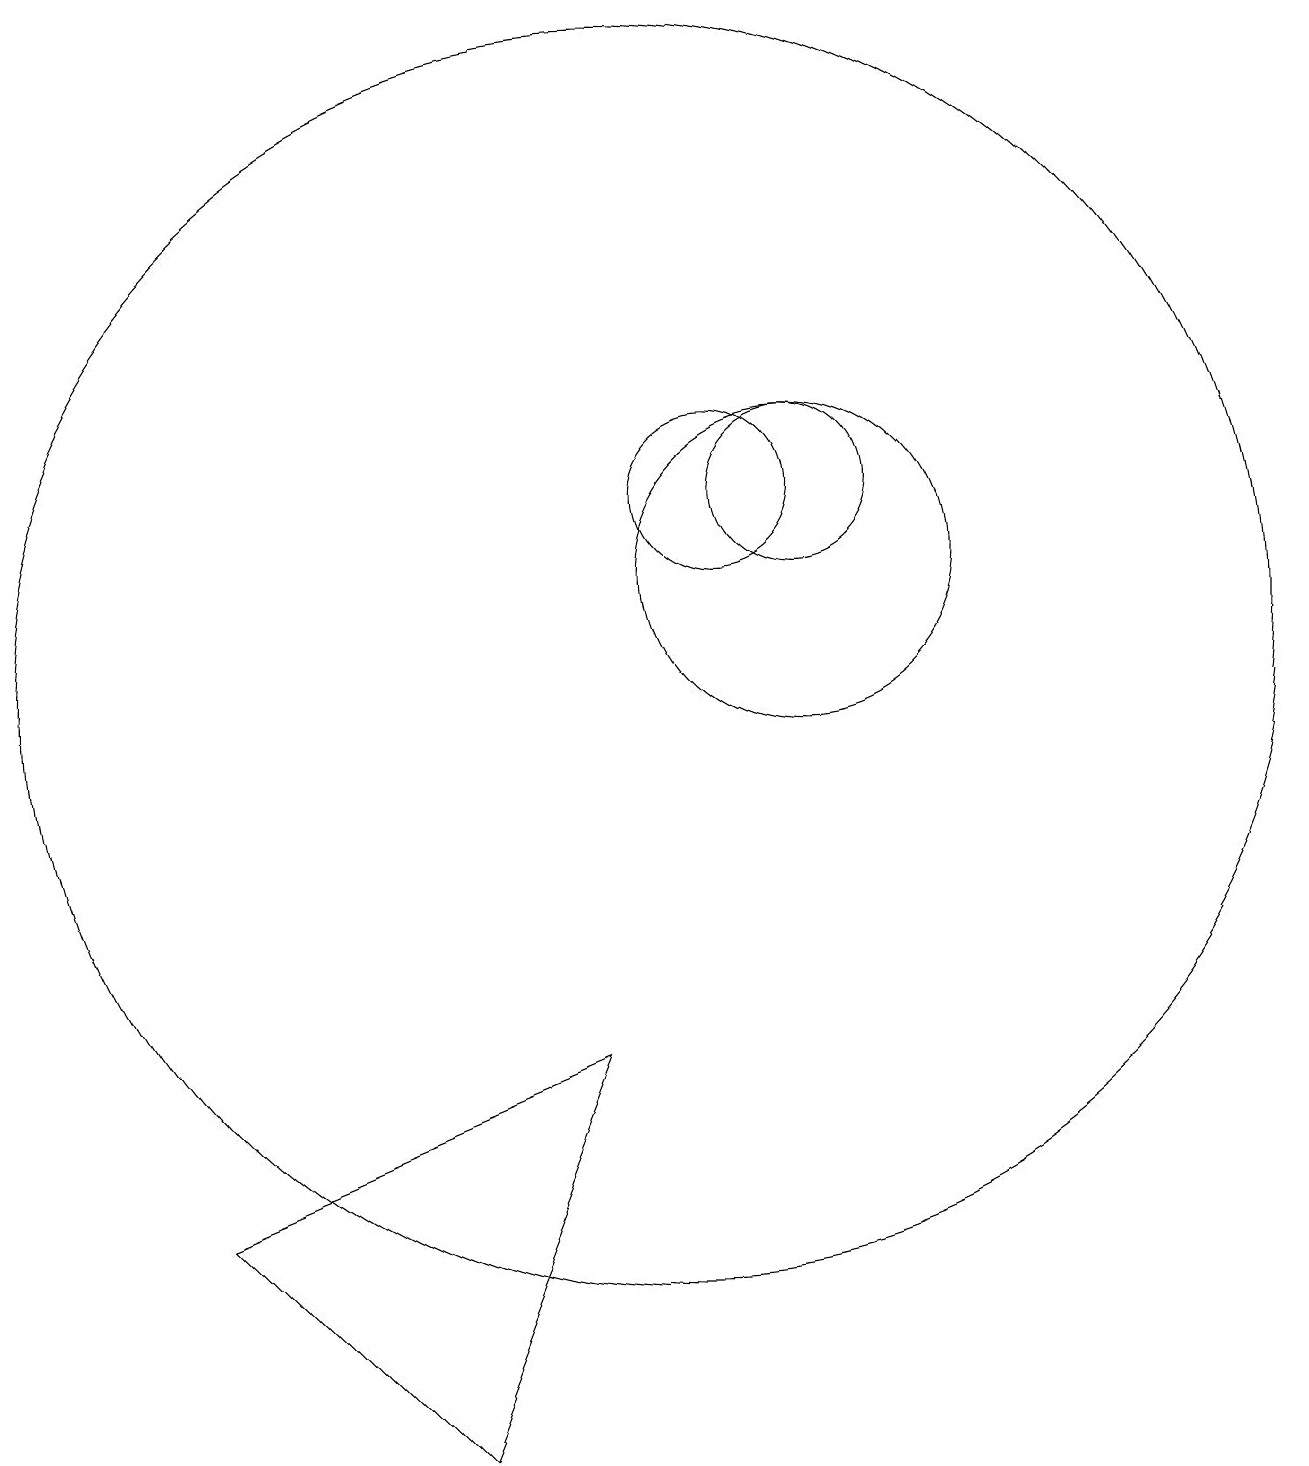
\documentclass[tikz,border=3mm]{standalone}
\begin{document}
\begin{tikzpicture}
\draw (10,10) circle (8);
\draw (12,12) circle (1);
\draw (12,11) circle (2);
\draw (11,12) circle (1);
\draw (4,3) -- (7,0) -- (9,5) -- cycle;
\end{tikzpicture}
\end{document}